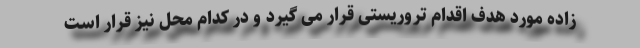
زاده مورد هدف اقدام تروریستی قرار می گیرد و در کدام محل نیز قرار است